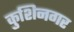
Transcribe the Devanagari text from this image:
कुशिनगर